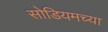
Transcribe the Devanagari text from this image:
सोडियमच्या